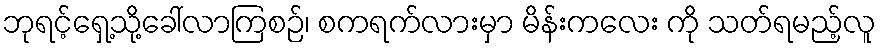
ဘုရင့်ရှေ့သို့ခေါ်လာကြစဉ်၊ စကရက်လားမှာ မိန်းကလေး ကို သတ်ရမည့်လူ